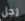
رجل